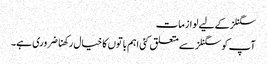
سگنلز کے لیے لوازمات
آپ کو سگنلز سے متعلق کئی اہم باتوں کا خیال رکھنا ضروری ہے۔